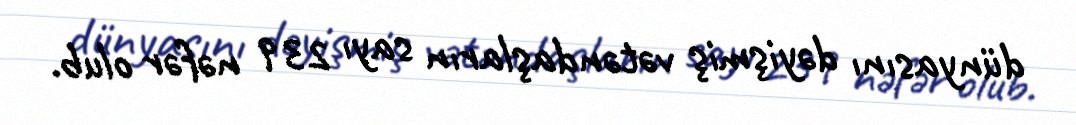
dünyasını dəyişmiş vətəndaşların sayı 239 nəfər olub.